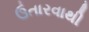
ઉતારવાથી